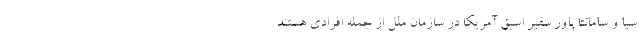
سیا و سامانتا پاور سفیر اسبق آمریکا در سازمان ملل از جمله افرادی هستند